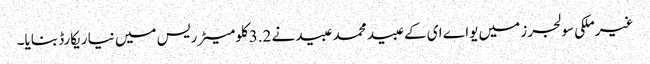
غیرملکی سولجرز میں یواے ای کے عبید محمد عبیدنے 3.2کلومیٹر ریس میں نیا ریکارڈ بنایا۔